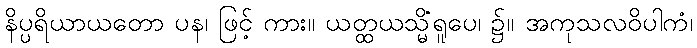
နိပ္ပရိယာယတော ပန၊ ဖြင့် ကား။ ယတ္ထယသ္မိံရူပေ၊ ၌။ အကုသလဝိပါကံ၊